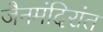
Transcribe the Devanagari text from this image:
जैनमंदिरांत